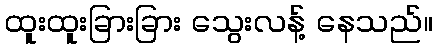
ထူးထူးခြားခြား သွေးလန့် နေသည်။